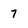
Character: 7